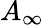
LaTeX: A_{\infty}